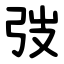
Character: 弢